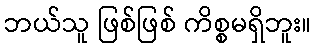
ဘယ်သူ ဖြစ်ဖြစ် ကိစ္စမရှိဘူး။